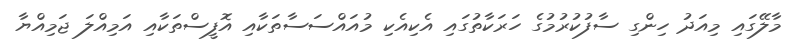
މާލޭގައި މިއަދު ހިންގި ސާފުކުރުމުގެ ހަރަކާތުގައި އެކިއެކި މުއައްސަސާތަކާއި އޮފީސްތަކާއި އަމިއްލަ ޖަމިއްޔާ